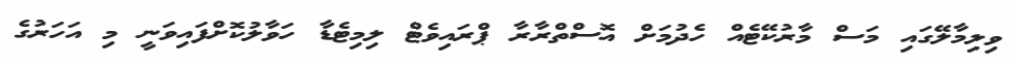
ވިލިމާލޭގައި މަސް މާރުކޭޓެއް ހެދުމަށް އޮސްތްރާރާ ޕްރައިވެޓް ލިމިޓެޑާ ހަވާލުކޮށްފައިވަނީ މި އަހަރުގެ